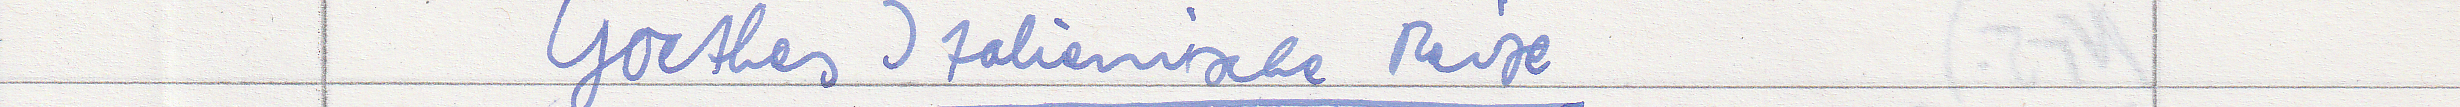
Goethes Italienische Reise